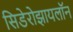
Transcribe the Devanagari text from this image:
सिडेरोझायलॉन